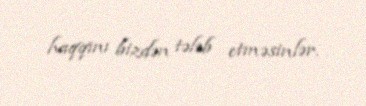
haqqını bizdən tələb etməsinlər.